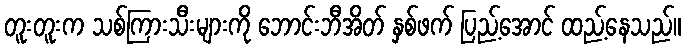
တူးတူးက သစ်ကြားသီးများကို ဘောင်းဘီအိတ် နှစ်ဖက် ပြည့်အောင် ထည့်နေသည်။